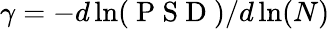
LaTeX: \gamma=-d\ln(\mathrm{~P~S~D~})/d\ln(N)